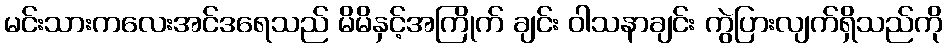
မင်းသားကလေးအင်ဒရေသည် မိမိနှင့်အကြိုက် ချင်း ဝါသနာချင်း ကွဲပြားလျက်ရှိသည်ကို